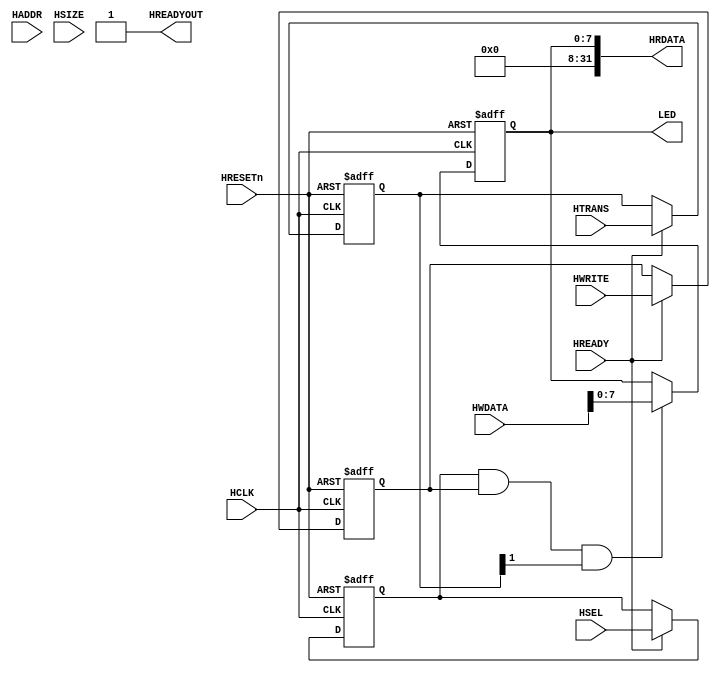
module AHB2LED(
	//AHBLITE INTERFACE
		//Slave Select Signals
			input wire HSEL,
		//Global Signal
			input wire HCLK,
			input wire HRESETn,
		//Address, Control & Write Data
			input wire HREADY,
			input wire [31:0] HADDR,
			input wire [1:0] HTRANS,
			input wire HWRITE,
			input wire [2:0] HSIZE,
			
			input wire [31:0] HWDATA,
		// Transfer Response & Read Data
			output wire HREADYOUT,
			output wire [31:0] HRDATA,
		//LED Output
			output wire [7:0] LED
);

//Address Phase Sampling Registers
  reg rHSEL;
  reg [31:0] rHADDR;
  reg [1:0] rHTRANS;
  reg rHWRITE;
  reg [2:0] rHSIZE;

  reg [7:0] rLED;
 
//Address Phase Sampling
  always @(posedge HCLK or negedge HRESETn)
  begin
	 if(!HRESETn)
	 begin
		rHSEL		<= 1'b0;
		rHADDR	<= 32'h0;
		rHTRANS	<= 2'b00;
		rHWRITE	<= 1'b0;
		rHSIZE	<= 3'b000;
	 end
    else if(HREADY)
    begin
      rHSEL		<= HSEL;
		rHADDR	<= HADDR;
		rHTRANS	<= HTRANS;
		rHWRITE	<= HWRITE;
		rHSIZE	<= HSIZE;
    end
  end

//Data Phase data transfer
  always @(posedge HCLK or negedge HRESETn)
  begin
    if(!HRESETn)
      rLED <= 8'b0000_0000;
    else if(rHSEL & rHWRITE & rHTRANS[1])
      rLED <= HWDATA[7:0];
  end

//Transfer Response
  assign HREADYOUT = 1'b1; //Single cycle Write & Read. Zero Wait state operations

//Read Data  
  assign HRDATA = {24'h0000_00,rLED};

  assign LED = rLED;

endmodule